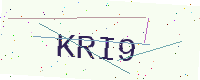
Text: KRI9